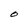
Character: O